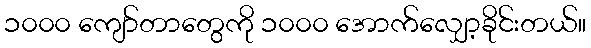
၁၀၀၀ ကျော်တာတွေကို ၁၀၀၀ အောက်လျှော့ခိုင်းတယ်။